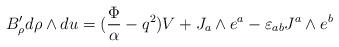
LaTeX: \begin{align*}B'_{\rho} d\rho \wedge du=( {\Phi \over \alpha} -q^2) V +J_a \wedge e^a -\varepsilon_{ab} J^a \wedge e^b\end{align*}